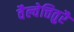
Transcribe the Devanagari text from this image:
वैल्वेत्तितुरै